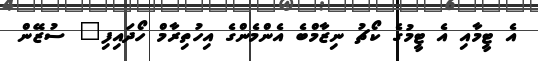
އެ ޓީމާއި އެ ޓީމުގެ ކޯޗު ނިޒާމްބެ އެންމެންގެ އިހުތިރާމް ހޯދައިފި" ސުޒޭން